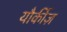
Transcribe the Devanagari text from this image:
यौर्कीज़